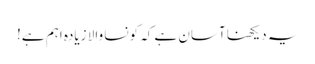
یہ دیکھنا آسان ہے کہ کونسا والا زیادہ اہم ہے!